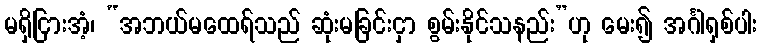
မရှိငြားအံ့၊ “အဘယ်မထေရ်သည် ဆုံးမခြင်းငှာ စွမ်းနိုင်သနည်း”ဟု မေး၍ အင်္ဂါရှစ်ပါး